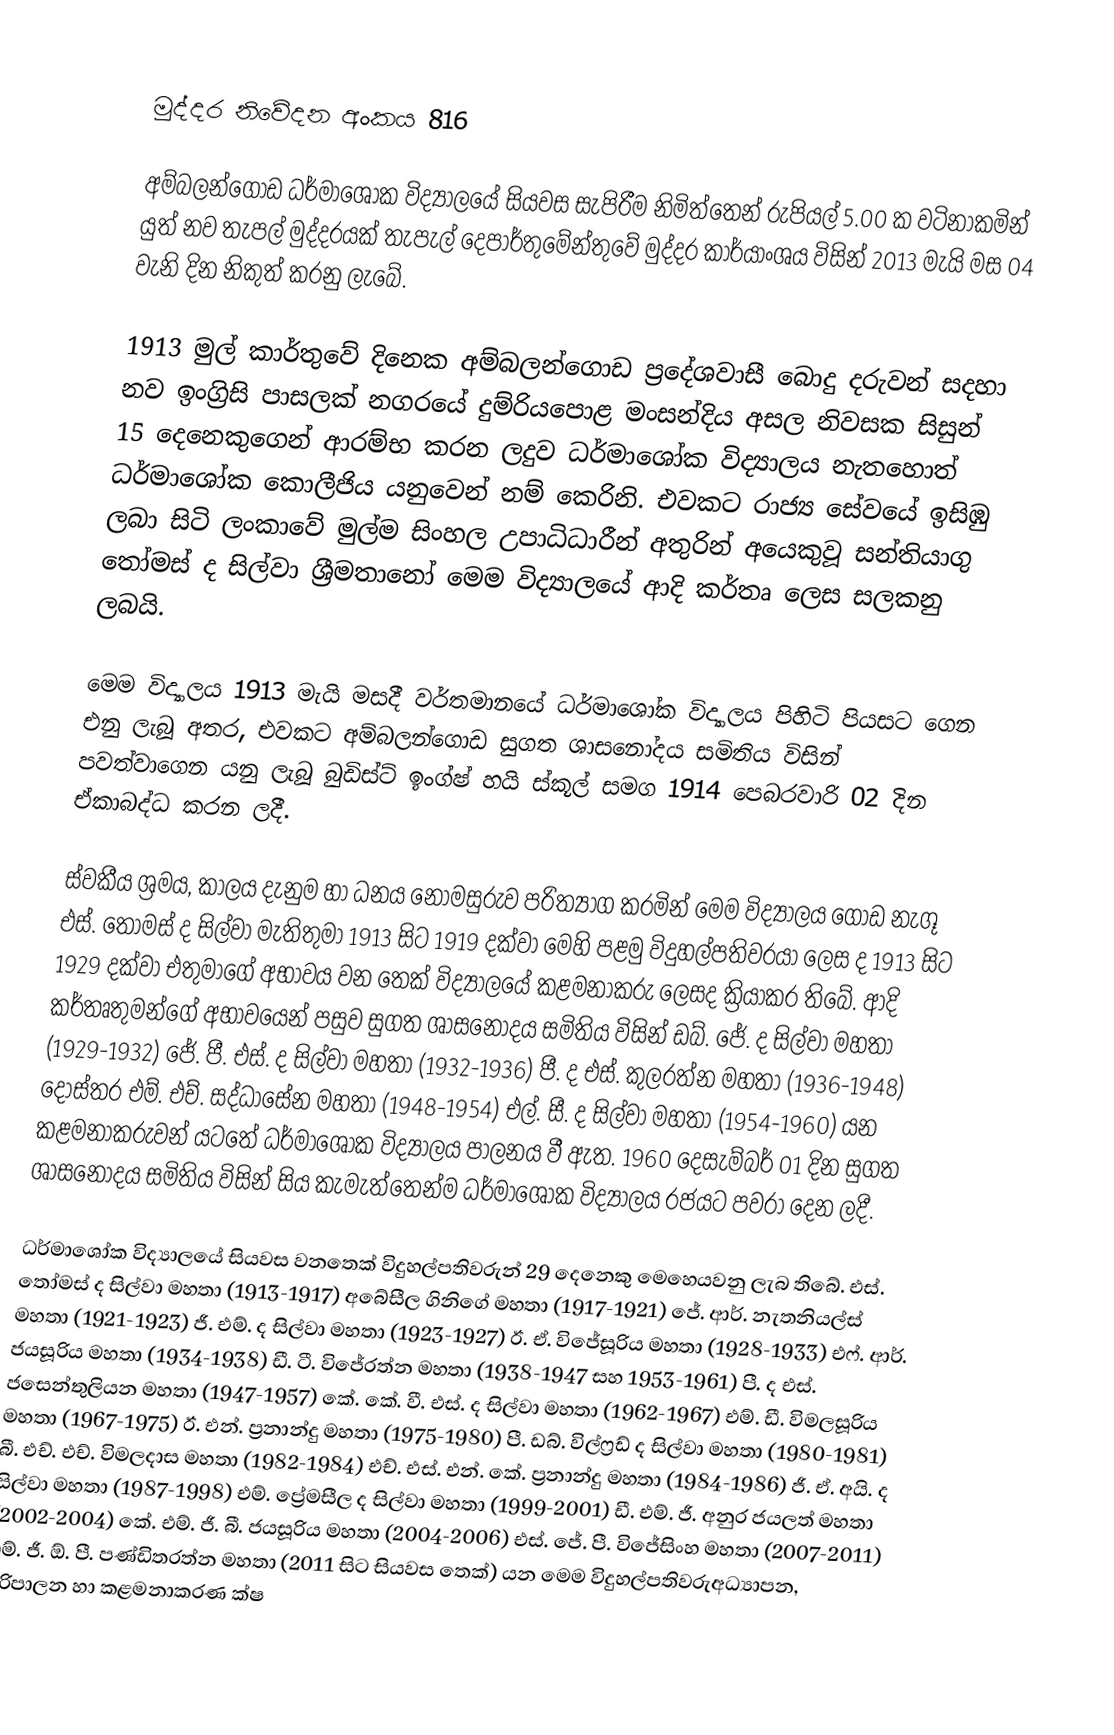

මුද්දර නිවේදන අංකය 816

අම්බලන්ගොඩ ධර්මාශෝක විද්‍යාලයේ සියවස සැපිරීම නිමිත්තෙන් රුපියල් 5.00 ක වටිනාකමින් යුත් නව තැපල් මුද්දරයක් තැපැල් දෙපාර්තුමේන්තුවේ මුද්දර කාර්යාංශය විසින් 2013 මැයි මස 04 වැනි දින නිකුත් කරනු ලැබේ.

1913 මුල් කාර්තුවේ දිනෙක අම්බලන්ගොඩ ප්‍රදේශවාසී බොදු දරුවන් සදහා නව ඉංග්‍රිසි පාසලක් නගරයේ දුම්රියපොළ මංසන්දිය අසල නිවසක සිසුන් 15 දෙනෙකුගෙන් ආරම්භ කරන ලදුව ධර්මාශෝක විද්‍යාලය නැතහොත් ධර්මාශෝක කොලීජිය යනුවෙන් නම් කෙරිනි. එවකට රාජ්‍ය සේවයේ ඉසිඹු ලබා සිටි ලංකාවේ මුල්ම සිංහල උපාධිධාරීන් අතුරින් අයෙකුවූ සන්තියාගු තෝමස් ද සිල්වා ශ්‍රීමතානෝ මෙම විද්‍යාලයේ ආදි කර්තෘ ලෙස සලකනු ලබයි.

මෙම විද්‍යාලය 1913 මැයි මසදී වර්තමානයේ ධර්මාශෝක විද්‍යාලය පිහිටි පියසට ගෙන එනු ලැබූ අතර, එවකට අම්බලන්ගොඩ සුගත ශාසනෝදය සමිතිය විසින් පවත්වාගෙන යනු ලැබූ බුඩිස්ට් ඉංග්ෂ් හයි ස්කූල් සමග 1914 පෙබරවාරි 02 දින ඒකාබද්ධ කරන ලදී.

ස්වකීය ශ්‍රමය, කාලය දැනුම හා ධනය නොමසුරුව පරිත්‍යාග කරමින් මෙම විද්‍යාලය ගොඩ නැගූ එස්. තෝමස් ද සිල්වා මැතිතුමා 1913 සිට 1919 දක්වා මෙහි පළමු විදුහල්පතිවරයා ලෙස ද 1913 සිට 1929 දක්වා එතුමාගේ අභාවය වන තෙක් විද්‍යාලයේ කළමනාකරු ලෙසද ක්‍රියාකර තිබේ.  ආදි කර්තෘතුමන්ගේ අභාවයෙන් පසුව සුගත ශාසනෝදය සමිතිය විසින් ඩබ්. ජේ. ද සිල්වා මහතා (1929-1932) ජේ. පී. එස්. ද සිල්වා මහතා (1932-1936) පී. ද එස්. කුලරත්න මහතා (1936-1948) දොස්තර එම්. එච්. සද්ධාසේන මහතා (1948-1954) එල්. සී. ද සිල්වා මහතා (1954-1960) යන කළමනාකරුවන් යටතේ ධර්මාශෝක විද්‍යාලය පාලනය වී ඇත. 1960 දෙසැම්බර් 01 දින සුගත ශාසනෝදය සමිතිය විසින් සිය කැමැත්තෙන්ම ධර්මාශෝක විද්‍යාලය රජයට පවරා දෙන ලදී.

ධර්මාශෝක විද්‍යාලයේ සියවස වනතෙක් විදුහල්පතිවරුන් 29 දෙනෙකු මෙහෙයවනු ලැබ තිබේ. එස්. තෝමස් ද සිල්වා මහතා (1913-1917) අබේසීල ගිනිගේ මහතා (1917-1921) ජේ. ආර්. නැතනියල්ස් මහතා (1921-1923) ජී. එම්. ද සිල්වා මහතා (1923-1927) ඊ. ඒ. විජේසූරිය මහතා (1928-1933) එෆ්. ආර්. ජයසූරිය මහතා (1934-1938) ඩී. ටී. විජේරත්න මහතා (1938-1947 සහ 1953-1961) පී. ද එස්. ජසෙන්තුලියන මහතා (1947-1957) කේ. කේ. වී. එස්. ද සිල්වා මහතා (1962-1967) එම්. ඩී. විමලසූරිය මහතා (1967-1975) ඊ. එන්. ප්‍රනාන්දු මහතා (1975-1980) පී. ඩබ්. විල්ෆ්‍රඩ් ද සිල්වා මහතා (1980-1981) බී. එච්. එච්. විමලදාස මහතා (1982-1984) එච්. එස්. එන්. කේ. ප්‍රනාන්දු මහතා (1984-1986) ජී. ඒ. අයි. ද සිල්වා මහතා (1987-1998) එම්. ප්‍රේමසීල ද සිල්වා මහතා (1999-2001) ඩී. එම්. ජී. අනුර ජයලත් මහතා (2002-2004) කේ. එම්. ජී. බී. ජයසූරිය මහතා (2004-2006) එස්. ජේ. පී. විජේසිංහ මහතා (2007-2011) එම්. ජී. ඕ. පී. පණ්ඩිතරත්න මහතා (2011 සිට සියවස තෙක්) යන මෙම විදුහල්පතිවරුඅධ්‍යාපන, පරිපාලන හා කළමනාකරණ ක්ෂ